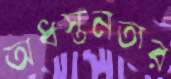
অধস্তনতার